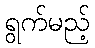
ရွက်မည့်